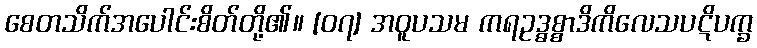
စေတသိက်အပေါင်းစိတ်တို့၏။ [၀၇] အဝူပသမ ကရဥဒ္ဓစ္စာဒိကိလေသပဋိပက္ခ